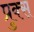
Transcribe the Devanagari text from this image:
प्रुक्स